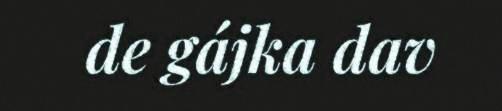
de gájka dav